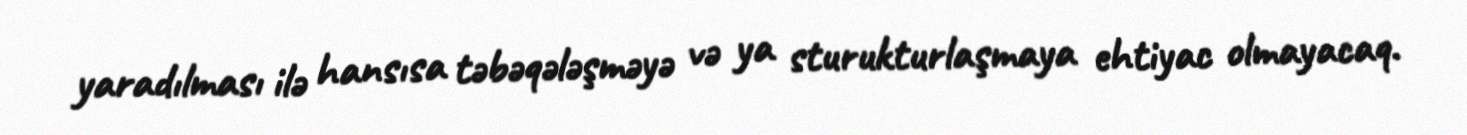
yaradılması ilə hansısa təbəqələşməyə və ya sturukturlaşmaya ehtiyac olmayacaq.